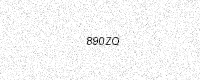
Text: 890ZQ